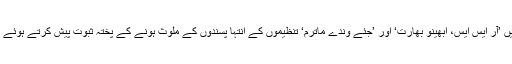
ایس آئی ٹی نے بیحد دیانت داری کے ساتھ تفتیش کرکے مذکورہ بم دھماکے میں ’آر ایس ایس، ابھینو بھارت‘ اور ’جئے وندے ماترم‘ تنظیموں کے انتہا پسندوں کے ملوث ہونے کے پختہ ثبوت پیش کرتے ہوئے مورخہ 20 اکتوبر 2010ء کو ان کے خلاف کورٹ میں چارج شیٹ داخل کی۔